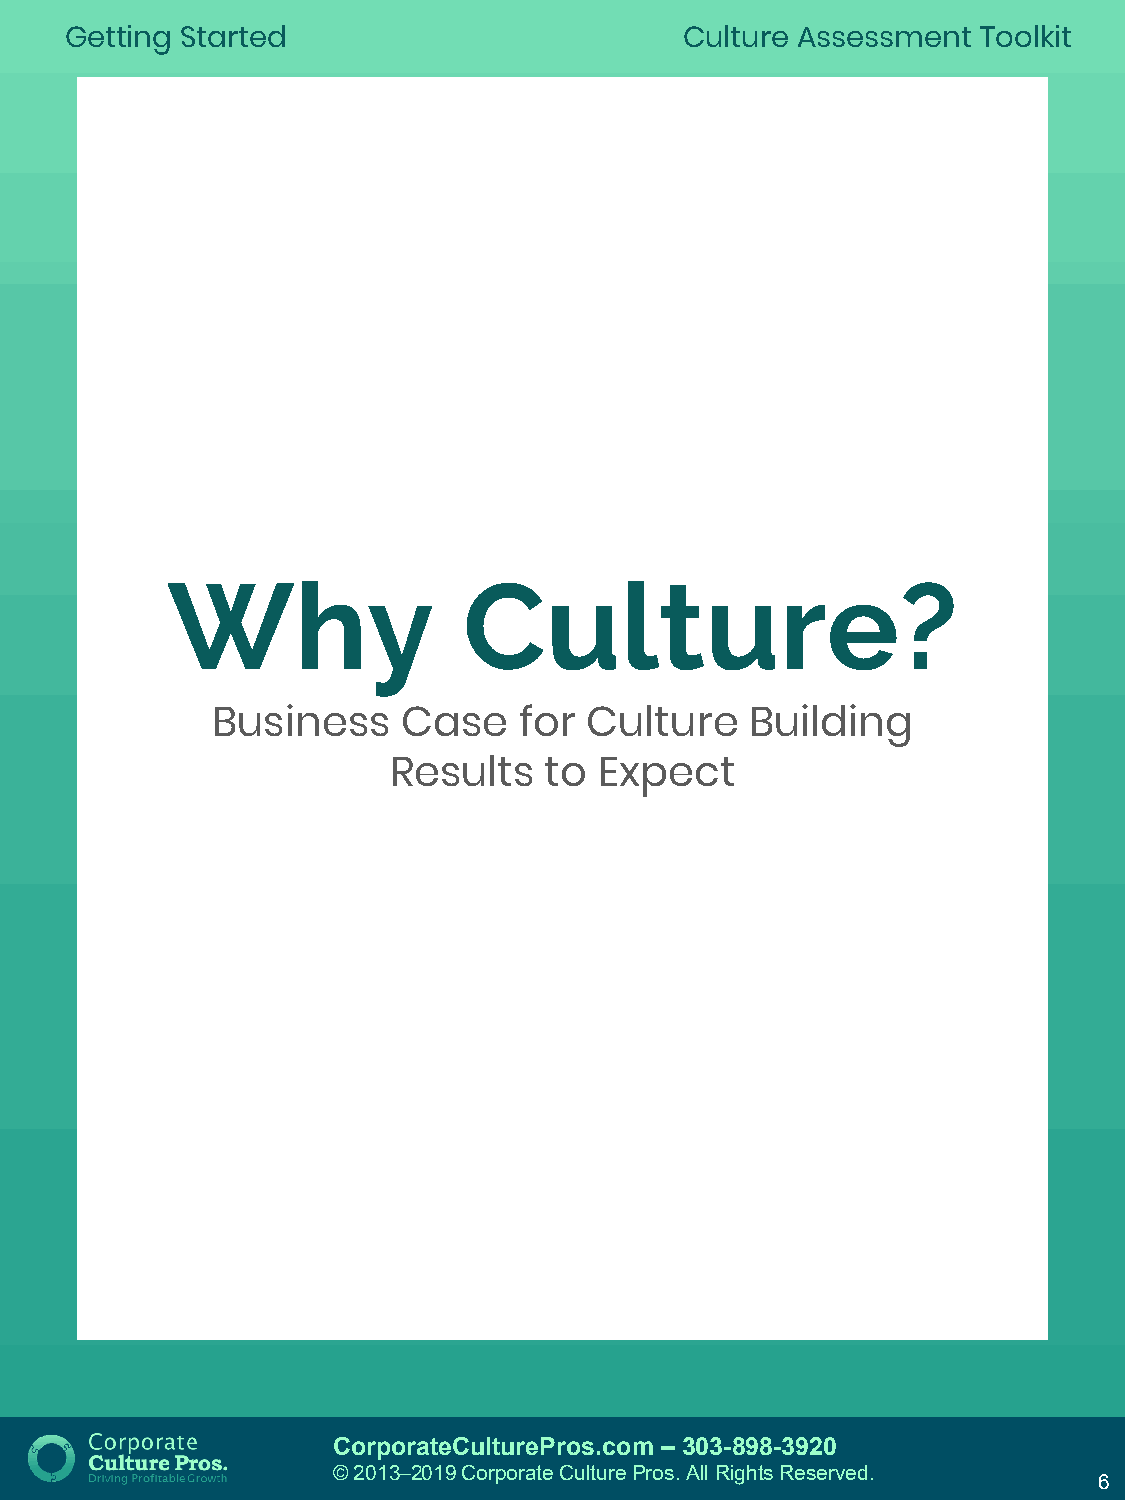
Getting Started                          Culture Assessment  Toolkit
 Why                 Culture?
 Business     Case   for  Culture    Building
 Results   to  Expect
 CorporateCulturePros.com – 303-898-3920
 © 2013─2019 Corporate Culture Pros. All Rights Reserved.
 6